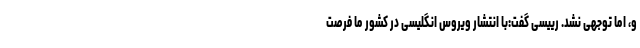
و، اما توجهی نشد. رییسی گفت:با انتشار ویروس انگلیسی در کشور ما فرصت